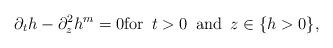
LaTeX: \begin{align*}\partial_t h - \partial_z^2 h^m = 0 \mbox{for } \, t > 0 \, \mbox{ and } \, z \in \{h > 0\},\end{align*}